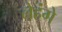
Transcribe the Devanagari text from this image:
लेहंगे